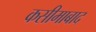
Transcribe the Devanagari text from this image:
कसीमाबाद